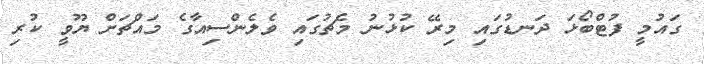
ގައުމީ ފުޓްބޯޅަ ދަނޑުގައި މިރޭ ކުޅުނު މެޗުގައި ވެލެންސިއާގެ މައްޗަށް ޔޫވީ ކުރި